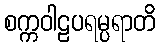
စက္ကဝါဠပရမ္ပရာတိ